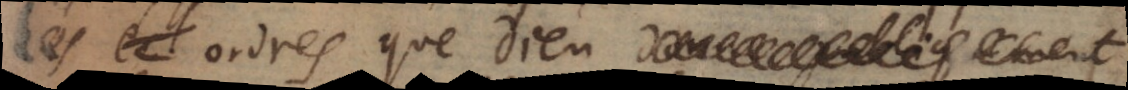
re les ordres que Dieu